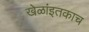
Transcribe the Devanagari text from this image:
खेळांइतकाच